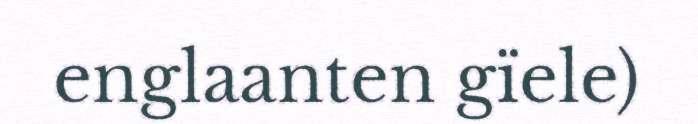
englaanten gïele)